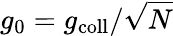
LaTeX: g_{0}=g_{\mathrm{coll}}/\sqrt{N}